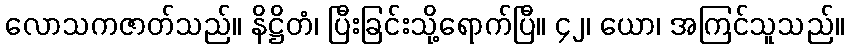
လောသကဇာတ်သည်။ နိဋ္ဌိတံ၊ ပြီးခြင်းသို့ရောက်ပြီ။ ၄၂၊ ယော၊ အကြင်သူသည်။